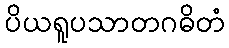
ပိယရူပသာတဂဓိတံ